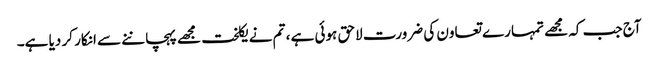
آج جب کہ مجھے تمہارے تعاون کی ضرورت لاحق ہوئی ہے ، تم نے یکلخت مجھے پہچاننے سے انکار کر دیا ہے۔